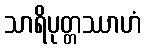
သာရိပုတ္တဿာဟံ